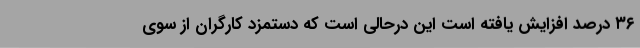
۳۶ درصد افزایش یافته است این درحالی است که دستمزد کارگران از سوی